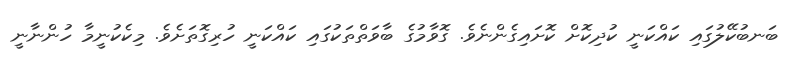
ބަނބުކޭލުގައި ކައްކަނީ ކުދިކޮށް ކޮށައިގެންނެވެ. ގޮވާމުގެ ބާވަތްތަކުގައި ކައްކަނީ ހުރިގޮތަށެވެ. މިކެކުނީމާ ހުންނާނީ